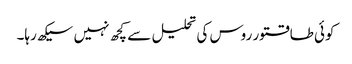
کوئی طاقتور روس کی تحلیل سے کچھ نہیں سیکھ رہا۔